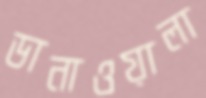
ডানাওয়ালা